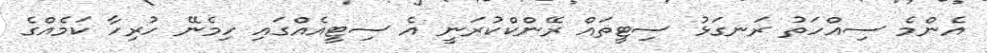
އެންމެ ސިއްހަތު ރަނގަޅު ސިޓީތައް ރޭންކްކުރަނީ އެ ސިޓީއެއްގައި ހިމެނޭ ހުރިހާ ކަމެއްގެ